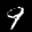
Label: 9